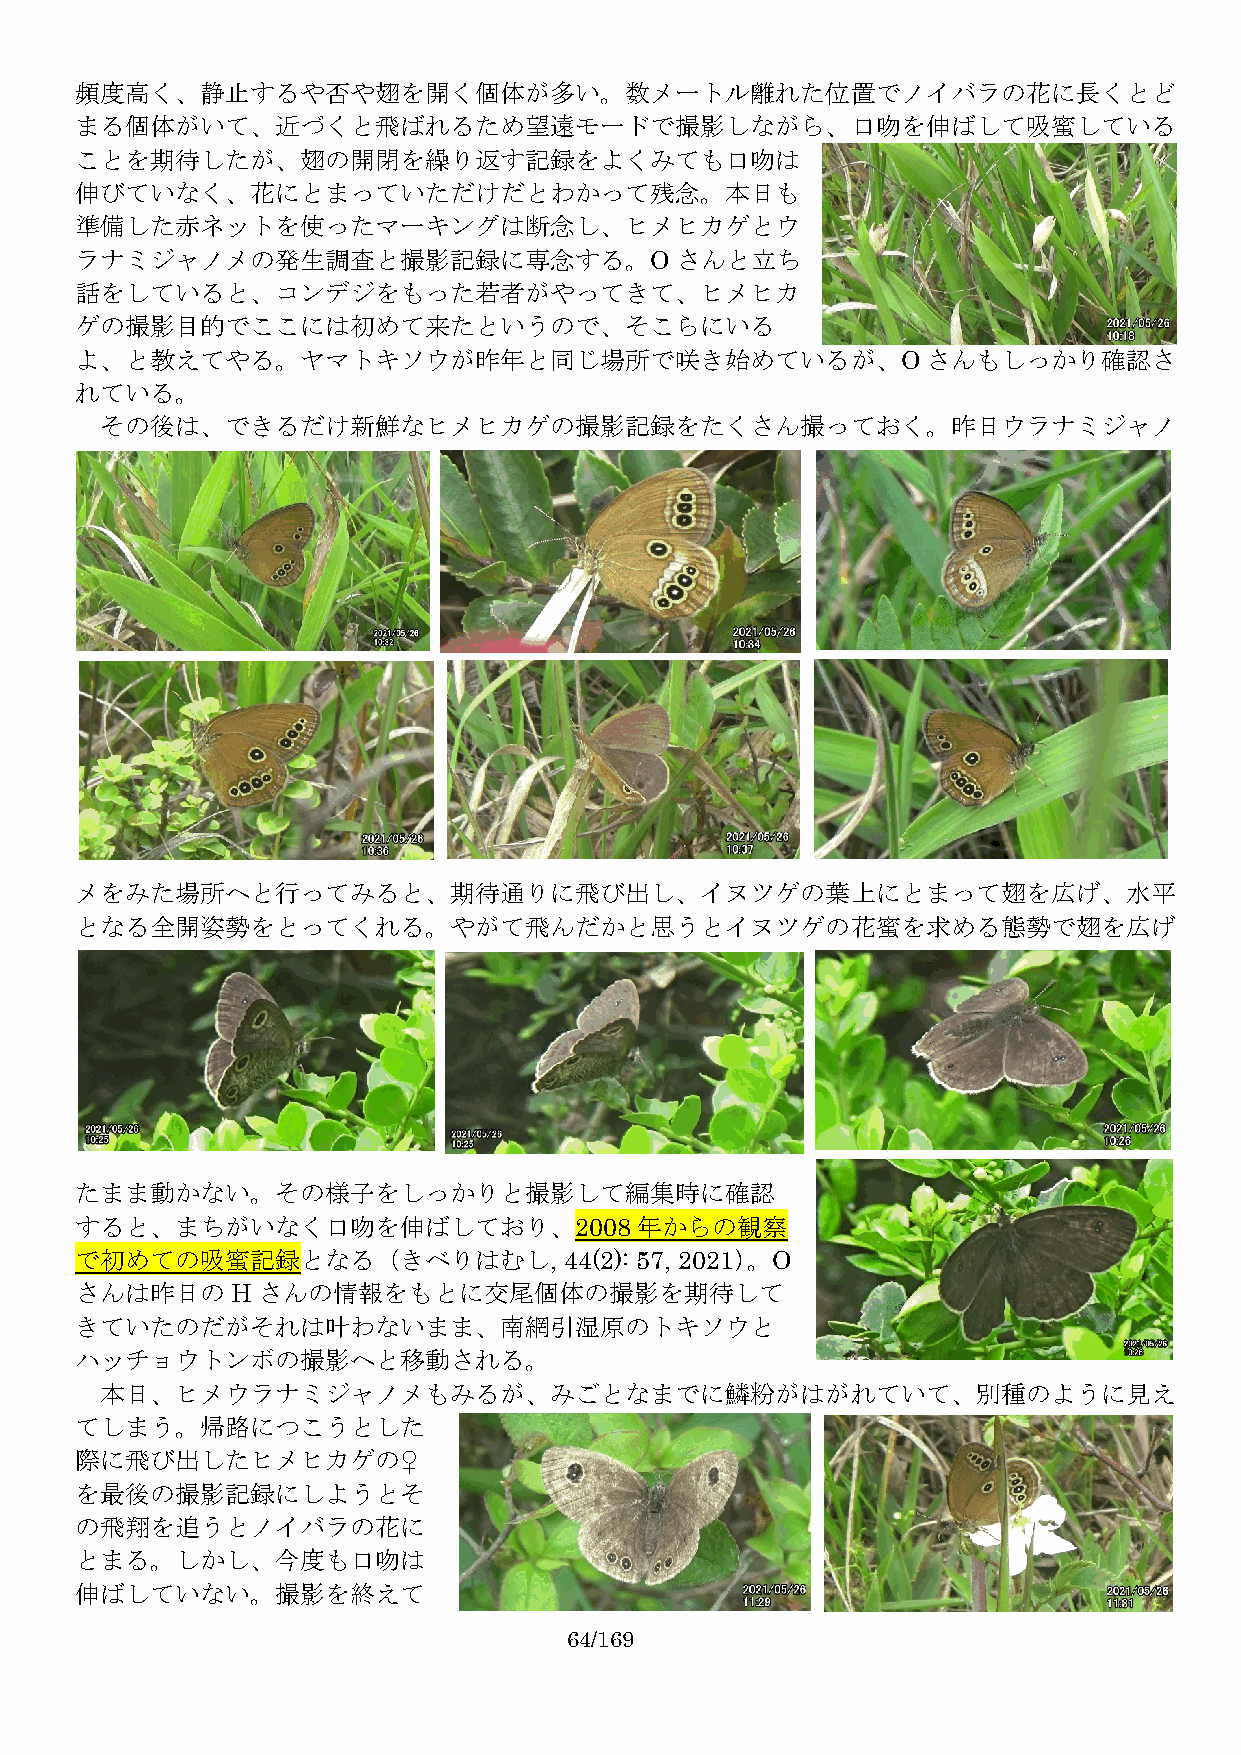
頻度高く、静止するや否や翅を開く個体が多い。数メートル離れた位置でノイバラの花に長くとど
 まる個体がいて、近づくと飛ばれるため望遠モードで撮影しながら、口吻を伸ばして吸蜜している
 ことを期待したが、翅の開閉を繰り返す記録をよくみても口吻は
 伸びていなく、花にとまっていただけだとわかって残念。本日も
 準備した赤ネットを使ったマーキングは断念し、ヒメヒカゲとウ
 ラナミジャノメの発生調査と撮影記録に専念する。O                さんと立ち
 話をしていると、コンデジをもった若者がやってきて、ヒメヒカ
 ゲの撮影目的でここには初めて来たというので、そこらにいる
 よ、と教えてやる。ヤマトキソウが昨年と同じ場所で咲き始めているが、O                      さんもしっかり確認さ
 れている。
 その後は、できるだけ新鮮なヒメヒカゲの撮影記録をたくさん撮っておく。昨日ウラナミジャノ
 メをみた場所へと行ってみると、期待通りに飛び出し、イヌツゲの葉上にとまって翅を広げ、水平
 となる全開姿勢をとってくれる。やがて飛んだかと思うとイヌツゲの花蜜を求める態勢で翅を広げ
 たまま動かない。その様子をしっかりと撮影して編集時に確認
 すると、まちがいなく口吻を伸ばしており、2008             年からの観察
 で初めての吸蜜記録となる（きべりはむし,            44(2): 57, 2021）。O
 さんは昨日のHさんの情報をもとに交尾個体の撮影を期待して
 きていたのだがそれは叶わないまま、南網引湿原のトキソウと
 ハッチョウトンボの撮影へと移動される。
 本日、ヒメウラナミジャノメもみるが、みごとなまでに鱗粉がはがれていて、別種のように見え
 てしまう。帰路につこうとした
 際に飛び出したヒメヒカゲの♀
 を最後の撮影記録にしようとそ
 の飛翔を追うとノイバラの花に
 とまる。しかし、今度も口吻は
 伸ばしていない。撮影を終えて
 64/169